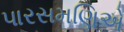
પારસમણિએ